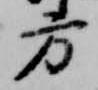
方